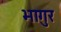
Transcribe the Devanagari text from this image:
भागुर